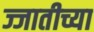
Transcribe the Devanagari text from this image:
ज्जातीच्या